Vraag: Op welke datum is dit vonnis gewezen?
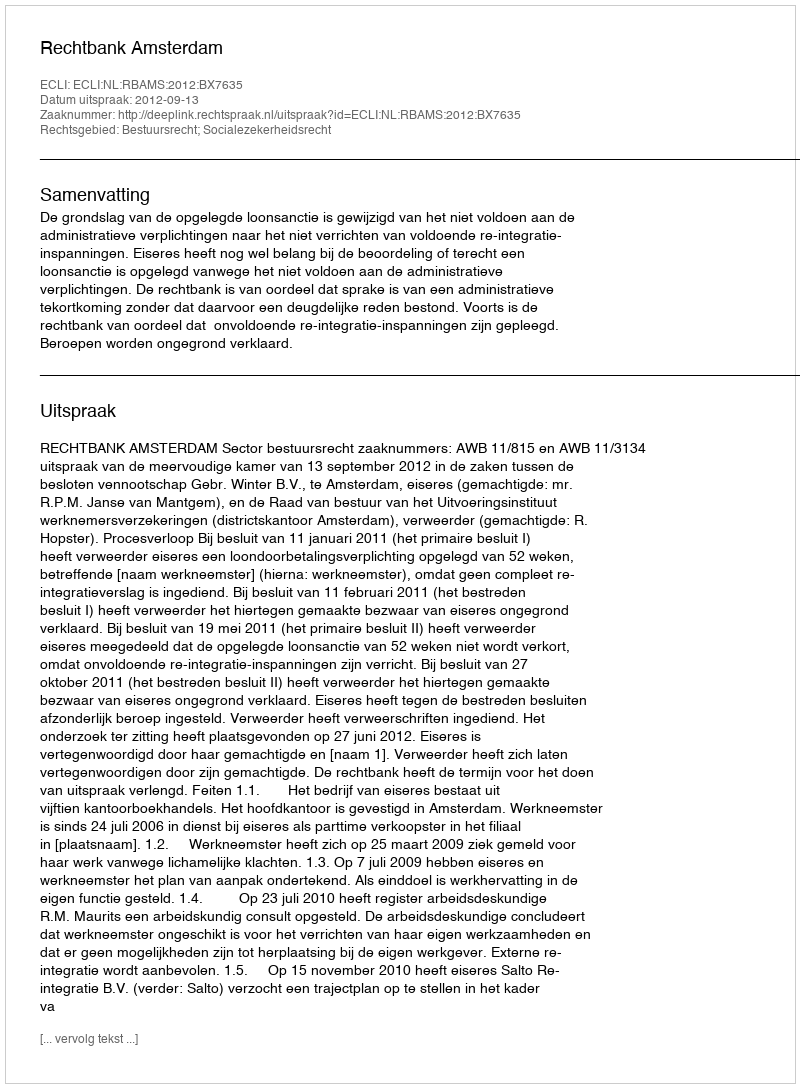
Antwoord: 2012-09-13